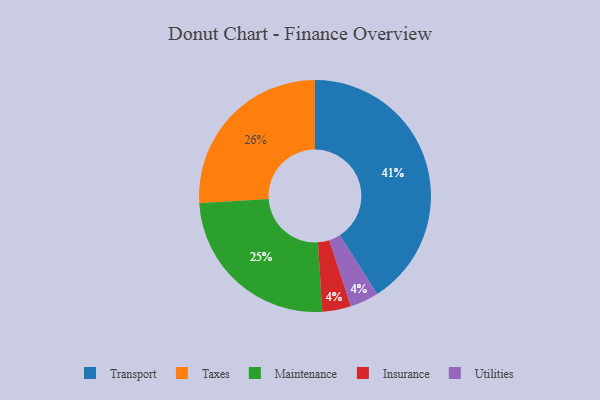
{"axis": {"x": "Category", "y": "Percentage"}, "legend": ["Insurance", "Maintenance", "Taxes", "Transport", "Utilities"], "data": [{"x": "Insurance", "y": 4, "type": "Insurance"}, {"x": "Transport", "y": 41, "type": "Transport"}, {"x": "Maintenance", "y": 25, "type": "Maintenance"}, {"x": "Utilities", "y": 4, "type": "Utilities"}, {"x": "Taxes", "y": 26, "type": "Taxes"}]}